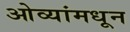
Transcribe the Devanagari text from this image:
ओव्यांमधून